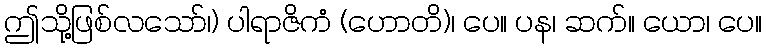
ဤသို့ဖြစ်လသော်၊) ပါရာဇိကံ (ဟောတိ)၊ ပေ။ ပန၊ ဆက်။ ယော၊ ပေ။